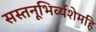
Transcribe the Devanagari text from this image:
सस्तनूभिर्व्यशेमहि